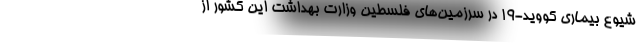
شیوع بیماری کووید-19 در سرزمین‌های فلسطین وزارت بهداشت این کشور از